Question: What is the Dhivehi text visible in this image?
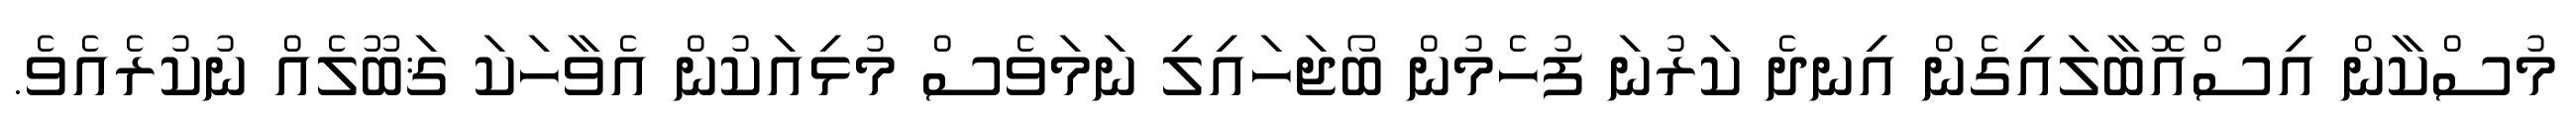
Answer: މުސްކާން އިސްއޮބާލައިގެން އިނދެ ކަރުނަ ފުހެމުން ބޯޖަހައިލި ނަމަވެސް މުޅިއަކުން އެވާހަކަ ޤަބޫލެއް ނުކުރެއެވެ.